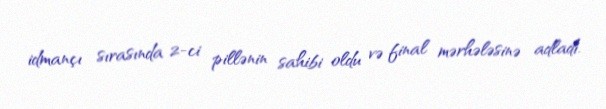
idmançı sırasında 2-ci pillənin sahibi oldu və final mərhələsinə adladı.